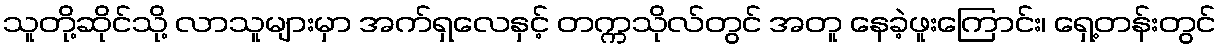
သူတို့ဆိုင်သို့ လာသူများမှာ အက်ရှလေနှင့် တက္ကသိုလ်တွင် အတူ နေခဲ့ဖူးကြောင်း၊ ရှေ့တန်းတွင်